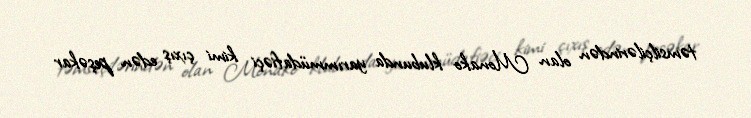
təmsilçilərindən olan Monako klubunda yarımmüdafiəçi kimi çıxış edən peşəkar